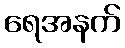
ရေအနက်